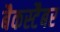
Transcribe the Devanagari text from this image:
बैकस्टैबर